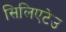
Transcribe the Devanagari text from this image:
सिलिएटेउ